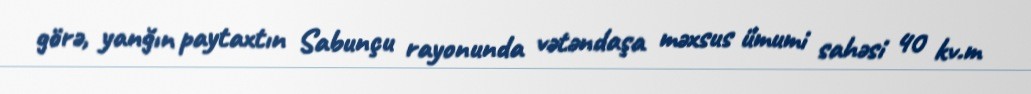
görə, yanğın paytaxtın Sabunçu rayonunda vətəndaşa məxsus ümumi sahəsi 40 kv.m